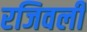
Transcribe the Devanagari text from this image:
रजिवली